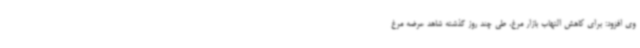
وی افزود: برای کاهش التهاب بازار مرغ، طی چند روز گذشته شاهد عرضه مرغ